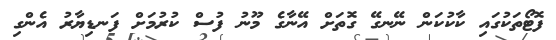
ފޮޓޯތަކުގައި ކާކުކަން ނޭނގޭ ގޮތަށް އޭނާގެ މޫނު ފުސް ކުރުމަށް ފަނޑިޔާރު އެންގި